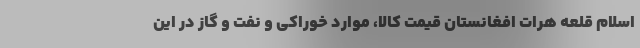
اسلام قلعه هرات افغانستان قیمت کالا، موارد خوراکی و نفت و گاز در این